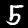
Digit: 5